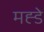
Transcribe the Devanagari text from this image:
मह्डे